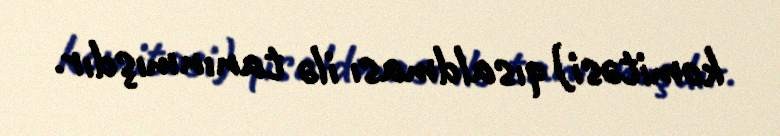
komitəsi) qısaldması ilə tanınmışdır.